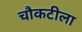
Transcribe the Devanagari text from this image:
चौकटीला